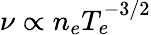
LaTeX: \nu\propto n_{e}T_{e}^{-3/2}